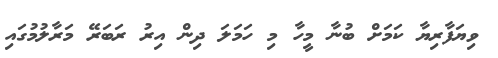
ވިޔަފާރިޔާ ކަމަށް ބުނާ މީހާ މި ހަމަލަ ދިން އިރު ރަބަރޭ މަރާލުމުގައި